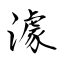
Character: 澽